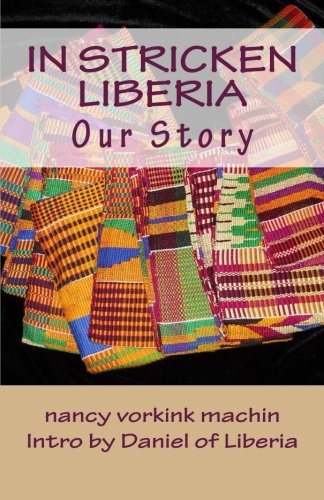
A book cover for In Stricken Liberia:: A PhotoJournal (mosaic@seventy press) (Volume 7); nancy j vorkink machin; Parenting & Relationships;